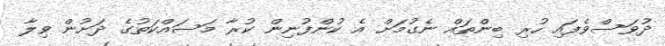
ދުވަސްވެފައި ހުރި ބިންތައް ނެގުމަށް އެ ކުންފުނިން ކުރާ މަސައްކަތުގެ ދަށުން ވިލާ